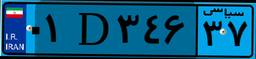
۹۴D۱۱۰۵۳